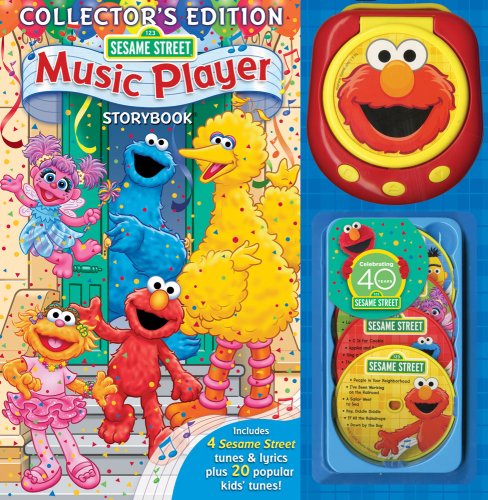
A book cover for Sesame Street Music Player/40th Anniversary Collector's Edition (Music Player Storybook); Sesame Street; Children's Books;